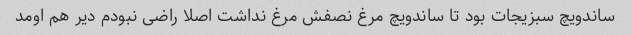
ساندویچ سبزیجات بود تا ساندویچ مرغ نصفش مرغ نداشت اصلا راضی نبودم دیر هم اومد